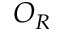
O _ { R }